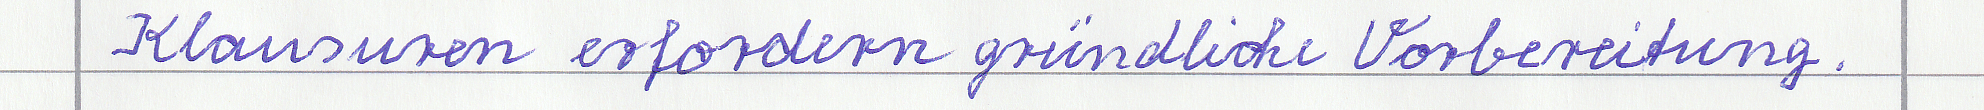
Klausuren erfordern gründliche Vorbereitung.